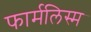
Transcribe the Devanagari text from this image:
फार्मलिस्म